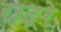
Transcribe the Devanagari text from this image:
राट्रे